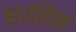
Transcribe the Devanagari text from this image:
हाउलिन